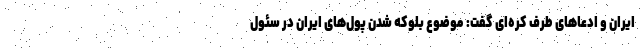
ایران و ادعاهای طرف کره‌ای گفت: موضوع بلوکه شدن پول‌های ایران در سئول